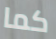
كما